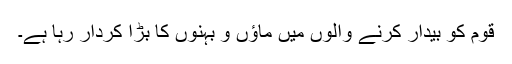
قوم کو بیدار کرنے والوں میں ماؤں و بہنوں کا بڑا کردار رہا ہے۔